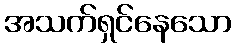
အသက်ရှင်နေသော